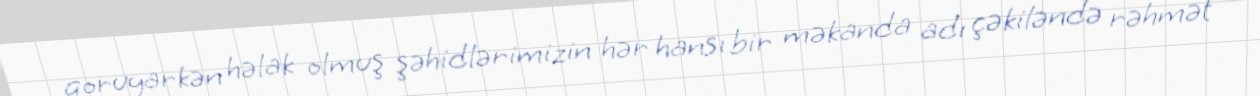
qoruyarkən həlak olmuş şəhidlərimizin hər hansı bir məkanda adı çəkiləndə rəhmət